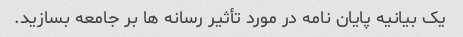
یک بیانیه پایان نامه در مورد تأثیر رسانه ها بر جامعه بسازید.